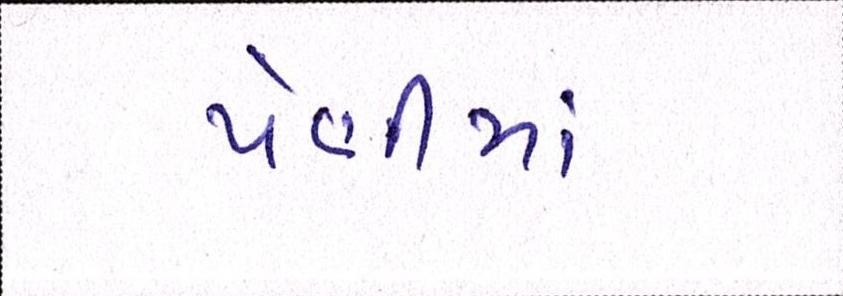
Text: પેણીમાં